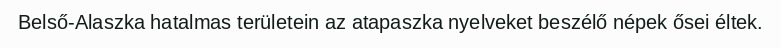
Belső-Alaszka hatalmas területein az atapaszka nyelveket beszélő népek ősei éltek.